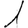
Digit: 1